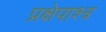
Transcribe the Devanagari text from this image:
प्रक्षेपाश्त्र